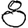
Digit: 8